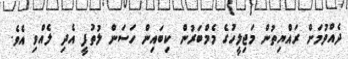
ދެއްވުމަށް ރައްޔިތުން މަޖިލީހުގެ މެމްބަރުން ކިބައިން ހަސަން ލުތުފީ އެދި ލެއްވި އެވެ.